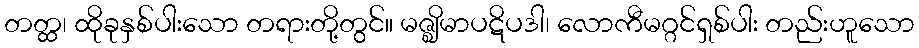
တတ္ထ၊ ထိုခုနှစ်ပါးသော တရားတို့တွင်။ မဇ္ဈိမာပဋိပဒါ၊ လောကီမဂ္ဂင်ရှစ်ပါး တည်းဟူသော